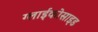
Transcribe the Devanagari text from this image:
ग्लाईकोसाइड